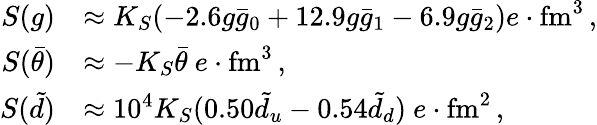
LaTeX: \begin{array}{rl}{S(g)}&{\approx K_{S}(-2.6g\bar{g}_{0}+12.9g\bar{g}_{1}-6.9g\bar{g}_{2})e\cdot\mathrm{fm}^{3}\, ,}\\ {S(\bar{\theta})}&{\approx-K_{S}\bar{\theta}\ e\cdot\mathrm{fm}^{3}\, ,}\\ {S(\tilde{d})}&{\approx 10^{4}K_{S}(0.50\tilde{d}_{u}-0.54\tilde{d}_{d})\ e\cdot\mathrm{fm}^{2}\, ,}\end{array}